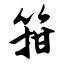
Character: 箝